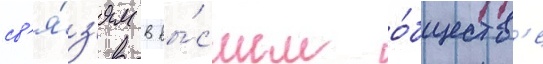
св'я́з'ям в вы́сшем о́бществ'е